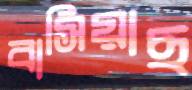
বাসিয়াছ